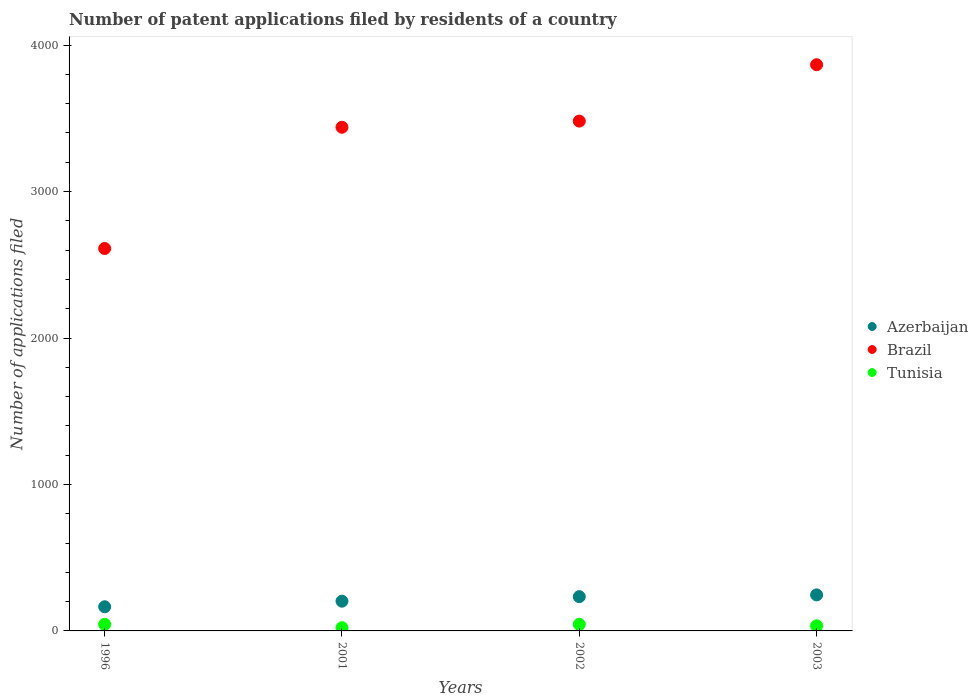
| Years | Azerbaijan | Brazil | Tunisia |
 | --- | --- | --- | --- |
 | 1996 | 165 | 2.61e+03 | 45 |
 | 2001 | 203 | 3.44e+03 | 22 |
 | 2002 | 234 | 3.48e+03 | 45 |
 | 2003 | 246 | 3.87e+03 | 35 |